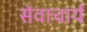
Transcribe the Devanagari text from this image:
सेवाचार्य